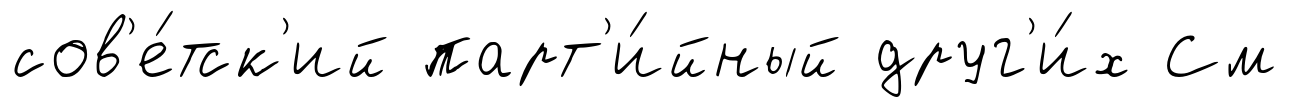
сов'е́тск'ий парт'и́йный друг'и́х См